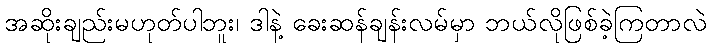
အဆိုးချည်းမဟုတ်ပါဘူး၊ ဒါနဲ့ ခေးဆန်ချန်းလမ်မှာ ဘယ်လိုဖြစ်ခဲ့ကြတာလဲ